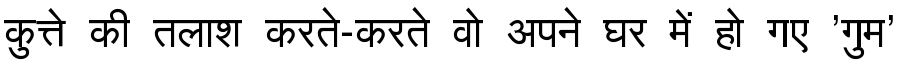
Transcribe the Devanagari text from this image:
कुत्ते की तलाश करते-करते वो अपने घर में हो गए 'गुम'